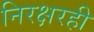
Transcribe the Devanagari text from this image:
निरक्षरही